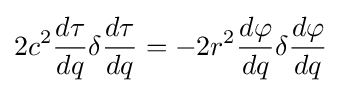
2c^{2}{\frac {d\tau }{dq}}\delta {\frac {d\tau }{dq}}=-2r^{2}{\frac {d\varphi }{dq}}\delta {\frac {d\varphi }{dq}}